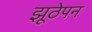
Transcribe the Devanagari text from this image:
झूठेपन